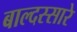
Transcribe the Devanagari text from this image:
बाल्दस्सारे